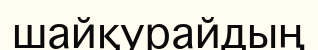
шайқурайдың